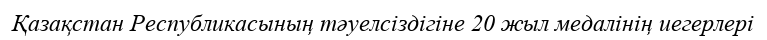
Қазақстан Республикасының тәуелсіздігіне 20 жыл медалінің иегерлері